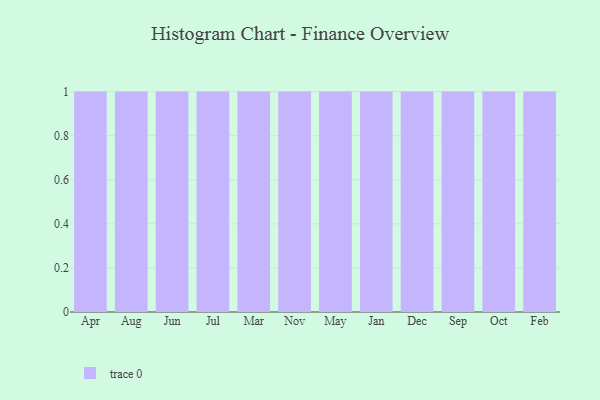
{"axis": {"x": "Month", "y": "Temperature (°C)"}, "legend": [""], "data": [{"x": "Apr", "y": 17, "type": ""}, {"x": "Aug", "y": 30, "type": ""}, {"x": "Jun", "y": 1, "type": ""}, {"x": "Jul", "y": 39, "type": ""}, {"x": "Mar", "y": 17, "type": ""}, {"x": "Nov", "y": 2, "type": ""}, {"x": "May", "y": 99, "type": ""}, {"x": "Jan", "y": 6, "type": ""}, {"x": "Dec", "y": 42, "type": ""}, {"x": "Sep", "y": 26, "type": ""}, {"x": "Oct", "y": 55, "type": ""}, {"x": "Feb", "y": 21, "type": ""}]}